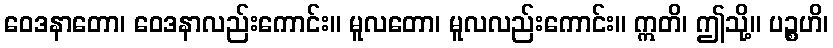
ဝေဒနာတော၊ ဝေဒနာလည်းကောင်း။ မူလတော၊ မူလလည်းကောင်း။ ဣတိ၊ ဤသို့။ ပဉ္စဟိ၊